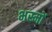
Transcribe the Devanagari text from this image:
भस्मों